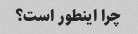
چرا اینطور است؟